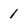
Character: 1